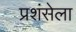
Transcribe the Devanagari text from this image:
प्रशंसेला